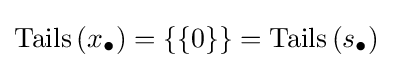
\operatorname {Tails} \left(x_{\bullet }\right)=\{\{0\}\}=\operatorname {Tails} \left(s_{\bullet }\right)